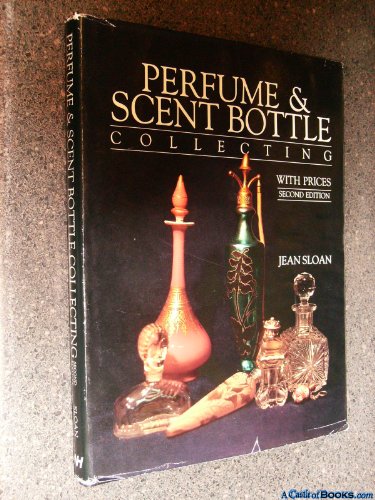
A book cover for Perfume and Scent Bottle Collecting With Prices; Jean Sloan; Crafts, Hobbies & Home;